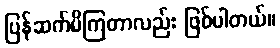
ပြန်ဆက်မိကြတာလည်း ဖြစ်ပါတယ်။